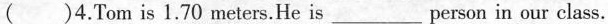
( )4.Tom is 1.70 meters.He is ___ person in our class.